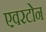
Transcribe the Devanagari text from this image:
एवरटोन